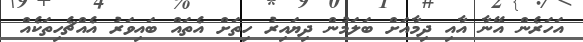
އަހަރެން އޭނާ އާއި ދިމާއަށް ބަލަމުން ދިޔައިރު ހިތަށް އެތައް ބައިވަރު އެއްޗެހިތަކެއް